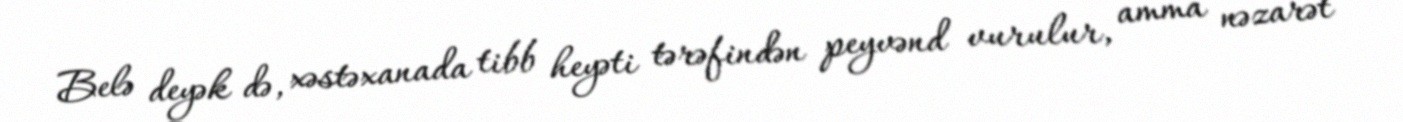
Belə deyək də, xəstəxanada tibb heyəti tərəfindən peyvənd vurulur, amma nəzarət